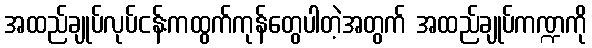
အထည်ချုပ်လုပ်ငန်းကထွက်ကုန်တွေပါတဲ့အတွက် အထည်ချုပ်ကဏ္ဍကို